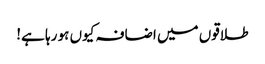
طلاقوں میں اضافہ کیوں ہو رہا ہے!